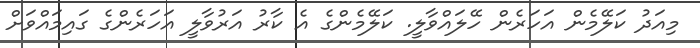
މިއަދު ކަލޭމެން އަހަރެން ހޭލައްވާލީ. ކަލޭމެންގެ އެ ކާރު އަރުވާލީ އަހަރެންގެ ގައިމައްވަށް